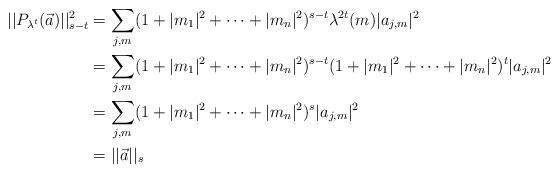
LaTeX: \begin{align*}||P_{\lambda^t}(\vec{a})||_{s-t}^2&= \sum_{j,m}(1+|m_1|^2+\cdots+|m_n|^2)^{s-t}\lambda^{2t}(m)|a_{j,m}|^2 \\&= \sum_{j,m}(1+|m_1|^2+\cdots+|m_n|^2)^{s-t}(1+|m_1|^2+\cdots+|m_n|^2)^t|a_{j,m}|^2 \\&= \sum_{j,m}(1+|m_1|^2+\cdots+|m_n|^2)^s|a_{j,m}|^2 \\&= ||\vec{a}||_s\end{align*}